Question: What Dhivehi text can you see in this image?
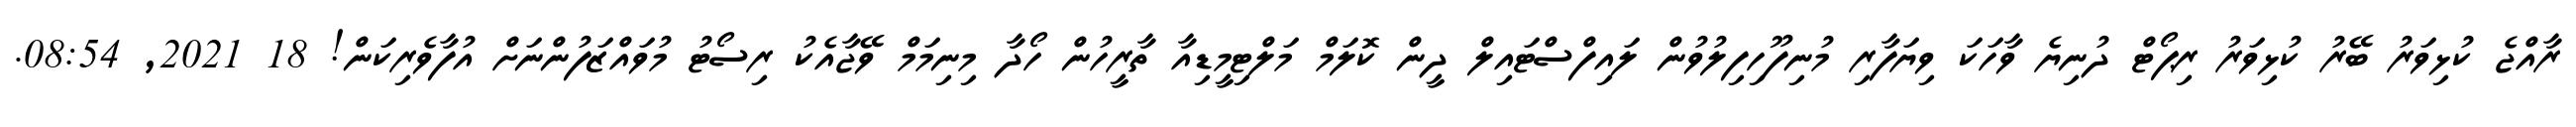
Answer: ރާއްޖެ ކުޅިވަރު ބޭރު ކުޅިވަރު ރިޕޯޓް ދުނިޔެ ވާހަކަ ވިޔަފާރި މުނިފޫހިފިލުވުން ލައިފްސްޓައިލް ދީން ކޮލަމް މަލްޓިމީޑިއާ ތާރީހުން ހޯދާ މިނިމަމް ވޭޖާއެކު ރިސޯޓު މުވައްޒަފުންނަށް އުފާވެރިކަން! 18 2021, 08:54.